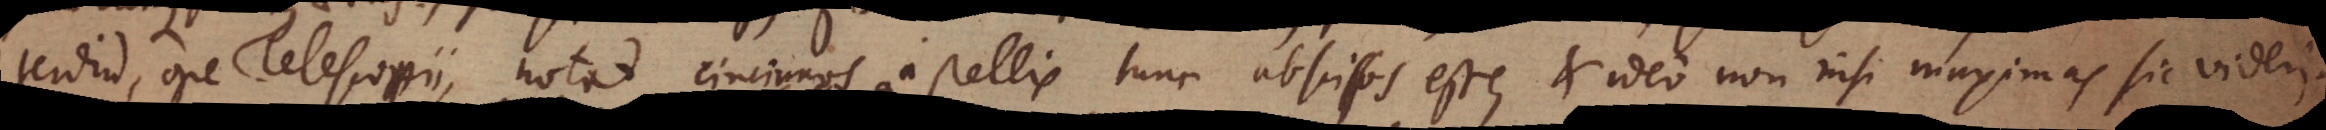
terdiu, ope Telescopii, notat cincinnos a stellis tunc abscissos esse, et ideo non nisi maximas sic videri.